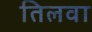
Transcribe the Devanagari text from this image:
तिलवा